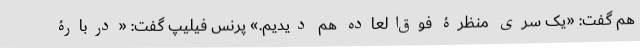
هم گفت: «یک سری منظرۀ فوق‌العاده هم دیدیم.» پرنس فیلیپ گفت: «دربارۀ